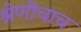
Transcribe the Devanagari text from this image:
श्रेणीचाच